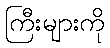
ကြီးများကို